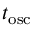
t _ { \mathrm { o s c } }